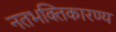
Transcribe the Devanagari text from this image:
नतभक्तिकारण्य